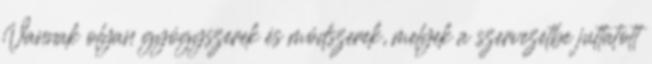
Vannak olyan gyógyszerek és módszerek, melyek a szervezetbe juttatott